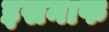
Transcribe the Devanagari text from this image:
इसनाफ